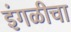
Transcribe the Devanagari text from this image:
इंगळीचा